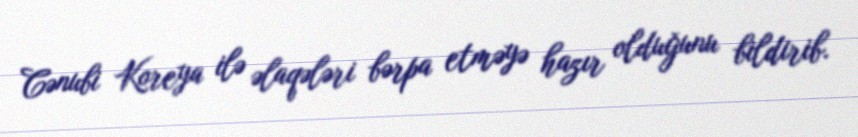
Cənubi Koreya ilə əlaqələri bərpa etməyə hazır olduğunu bildirib.